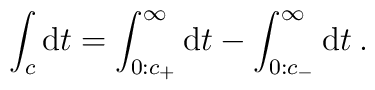
\int_{c} {\rm d}t =     \int_{0: c_+}^{\infty} {\rm d}t -     \int_{0: c_-}^{\infty} {\rm d}t  \>.